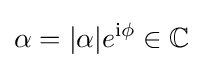
\alpha =|\alpha |e^{{\rm {i}}\phi }\in \mathbb {C}